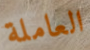
العاملة